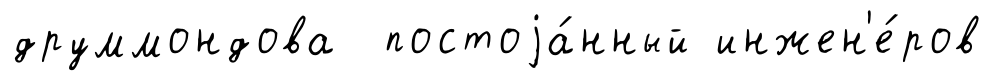
друммондова постоjа́нный инжен'е́ров